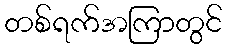
တစ်ရက်အကြာတွင်